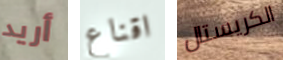
أريد اقناع الكريستال